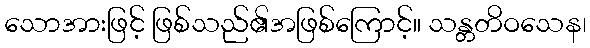
သောအားဖြင့် ဖြစ်သည်၏အဖြစ်ကြောင့်။ သန္တတိဝသေန၊